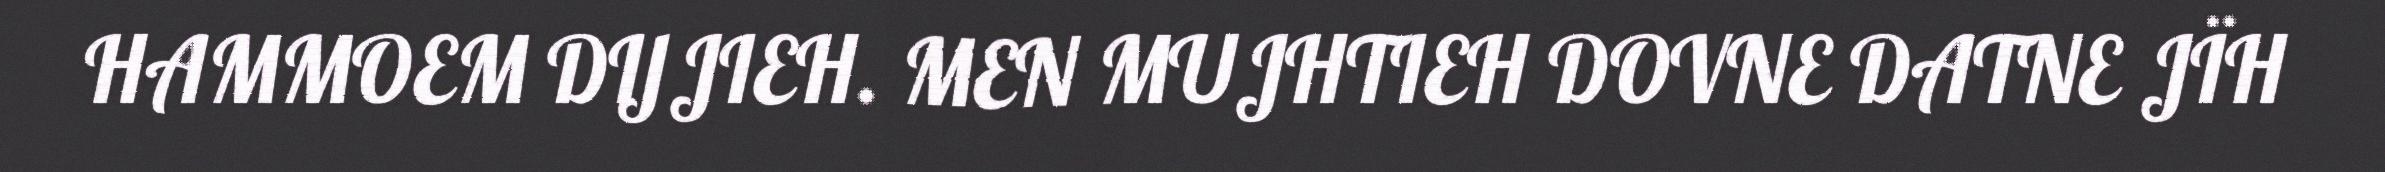
HAMMOEM DIJJIEH. MEN MUJHTIEH DOVNE DATNE JÏH